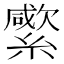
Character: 䌠